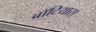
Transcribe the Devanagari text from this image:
ब्रॉटियास